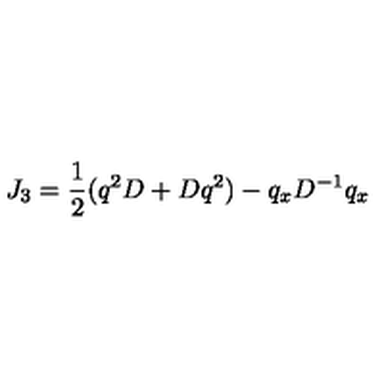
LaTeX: J _ { 3 } = \frac { 1 } { 2 } ( q ^ { 2 } D + D q ^ { 2 } ) - q _ { x } D ^ { - 1 } q _ { x }